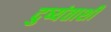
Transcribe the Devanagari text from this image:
दुष्यंताशी